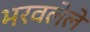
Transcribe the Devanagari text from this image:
भरवलेले